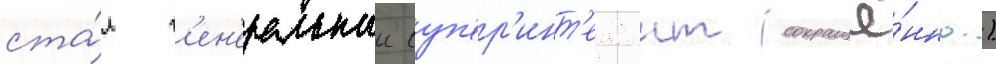
ста́л г'ен'еральныи суп'ер'инт'ендант (сокращё́нно.)